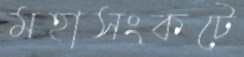
মহাসংকটে